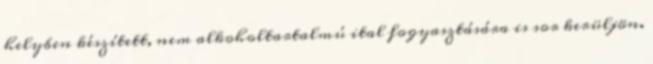
helyben készített, nem alkoholtartalmú ital fogyasztására is sor kerüljön.